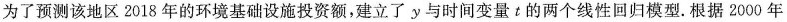
为了预测该地区2018年的环境基础设施投资额，建立了y与时间变量t的两个线性回归模型。根据2000年